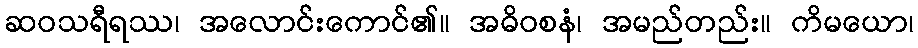
ဆဝသရီရဿ၊ အလောင်းကောင်၏။ အဓိဝစနံ၊ အမည်တည်း။ ကိမယော၊